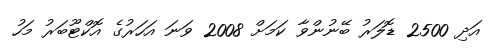
އަދި 2500 ޑޮލަރު ބޭނުންވާ ކަމަށް 2008 ވަނަ އަހަރުގެ އޮކްޓޫބަރު މަހު